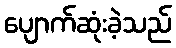
ပျောက်ဆုံးခဲ့သည်